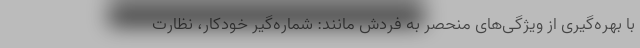
با بهره‌گیری از ویژگی‌های منحصر به فردش مانند: شماره‌گیر خودکار، نظارت